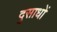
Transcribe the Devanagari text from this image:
दुसाधों